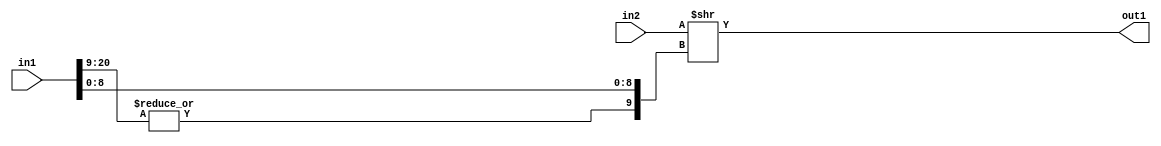
`timescale 1ps / 1ps
/*****************************************************************************
    Verilog RTL Description
    
    
    Created by: Stratus DpOpt 2019.1.01 
*******************************************************************************/

module cache_RightShift_320Ux21S_10U_4 (
	in2,
	in1,
	out1
	); /* architecture "behavioural" */ 
input [319:0] in2;
input [20:0] in1;
output [9:0] out1;
wire [9:0] asc001;

assign asc001 = in2 >> {|in1[20:9], in1[8:0]};

assign out1 = asc001;
endmodule

/* CADENCE  ubP3TQA= : u9/ySgnWtBlWxVPRXgAZ4Og= ** DO NOT EDIT THIS LINE ******/